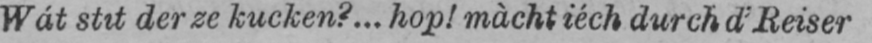
Wát stit der ze kucken?... hop! màcht iéch durch d’Reiser